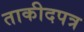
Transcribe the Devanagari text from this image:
ताकीदपत्र